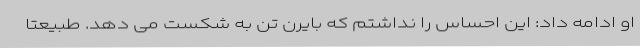
او ادامه داد: این احساس را نداشتم که بایرن تن به شکست می دهد. طبیعتا